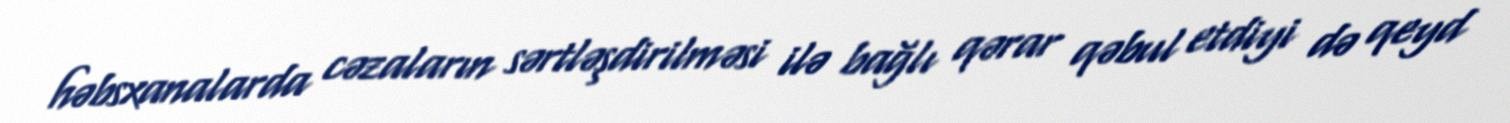
həbsxanalarda cəzaların sərtləşdirilməsi ilə bağlı qərar qəbul etdiyi də qeyd